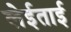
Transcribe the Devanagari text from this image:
लेईताई